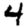
Digit: 4